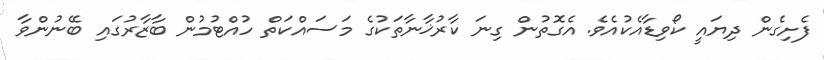
ފެށިގެން ދިޔައީ ކޯވިޑާއެކުއެވެ. އެގޮތުން ގިނަ ކާރުޚާނާތަކުގެ މަސައްކަތް ހުއްޓުމުން ބާޒާރުގައި ބޭނުންވާ